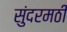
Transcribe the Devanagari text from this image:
सुंदरमठी